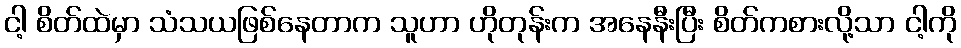
ငါ့ စိတ်ထဲမှာ သံသယဖြစ်နေတာက သူဟာ ဟိုတုန်းက အနေနီးပြီး စိတ်ကစားလို့သာ ငါ့ကို